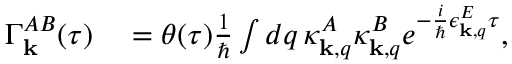
\begin{array} { r l } { \Gamma _ { \bf k } ^ { A B } ( \tau ) } & { { } = \theta ( \tau ) \frac { 1 } { \hbar } \int d q \, \kappa _ { { \bf k } , q } ^ { A } \kappa _ { { \bf k } , q } ^ { B } e ^ { - \frac { i } { \hbar } \epsilon _ { { \bf k } , q } ^ { E } \tau } , } \end{array}